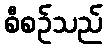
စီစဉ်သည်